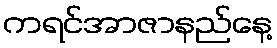
ကရင်အာဇာနည်နေ့